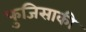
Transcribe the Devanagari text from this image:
फुजिसाकी